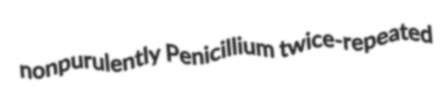
nonpurulently Penicillium twice-repeated